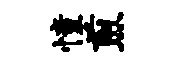
憧煎